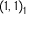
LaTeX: ( 1 , 1 ) _ { 1 { \frac { } { } } }